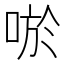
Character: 唹